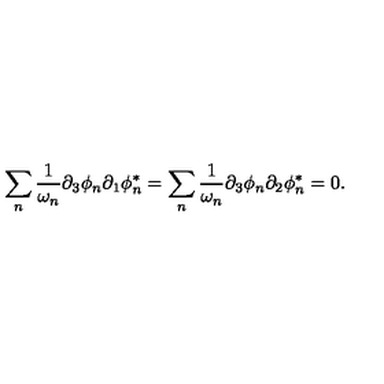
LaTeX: \sum _ { n } \frac { 1 } { \omega _ { n } } \partial _ { 3 } \phi _ { n } \partial _ { 1 } \phi _ { n } ^ { * } = \sum _ { n } \frac { 1 } { \omega _ { n } } \partial _ { 3 } \phi _ { n } \partial _ { 2 } \phi _ { n } ^ { * } = 0 .